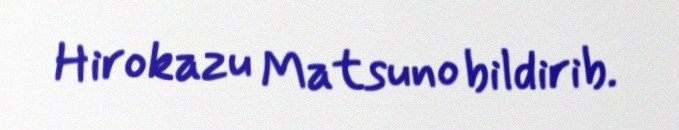
Hirokazu Matsuno bildirib.